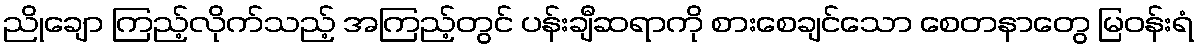
ညိုချော ကြည့်လိုက်သည့် အကြည့်တွင် ပန်းချီဆရာကို စားစေချင်သော စေတနာတွေ မြဝန်းရံ